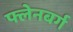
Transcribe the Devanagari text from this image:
फ्लेनबर्ग